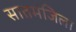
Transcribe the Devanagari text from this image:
सातमंजिला